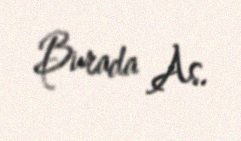
Burada As.